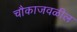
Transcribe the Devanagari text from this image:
चौकाजवळील